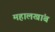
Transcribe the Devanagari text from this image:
महालखांब